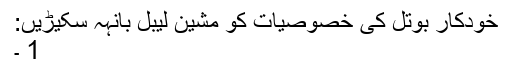
خودکار بوتل کی خصوصیات کو مشین لیبل بانہہ سکیڑیں:
1 ۔